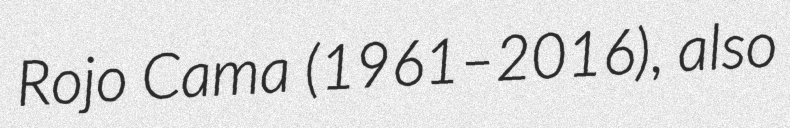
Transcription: Rojo Cama (1961–2016), also